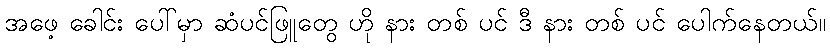
အဖေ့ ခေါင်း ပေါ်မှာ ဆံပင်ဖြူတွေ ဟို နား တစ် ပင် ဒီ နား တစ် ပင် ပေါက်နေတယ်။